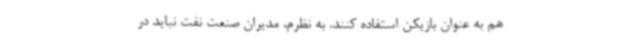
هم به عنوان بازیکن استفاده کنند. به نظرم، مدیران صنعت نفت نباید در